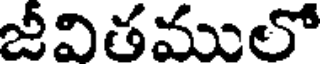
జీవితములో